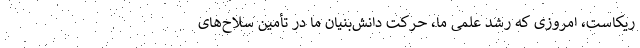
ریکاست، امروزی که رشد علمی ما، حرکت دانش‌بنیان ما در تأمین سلاح‌های